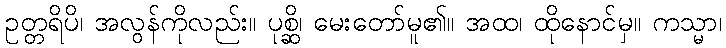
ဥတ္တရိပိ၊ အလွန်ကိုလည်း။ ပုစ္ဆိ၊ မေးတော်မူ၏။ အထ၊ ထိုနောင်မှ။ ကသ္မာ၊